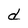
Character: d